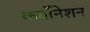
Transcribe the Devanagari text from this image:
कर्बोनेशन